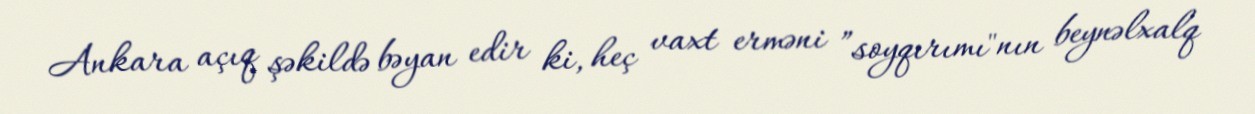
Ankara açıq şəkildə bəyan edir ki, heç vaxt erməni ”soyqırımı"nın beynəlxalq